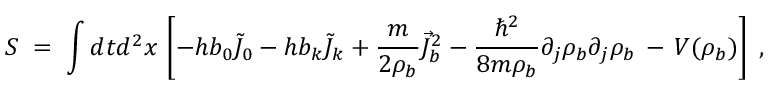
S \; = \; \int d t d ^ { 2 } x \, \left[ - h b _ { 0 } { \tilde { J } } _ { 0 } - h b _ { k } { \tilde { J } } _ { k } + \frac { m } { 2 \rho _ { b } } { \vec { J } } _ { b } ^ { 2 } - \frac { \hbar ^ { 2 } } { 8 m \rho _ { b } } \partial _ { j } \rho _ { b } \partial _ { j } \rho _ { b } \, - \, V ( \rho _ { b } ) \right] \; ,